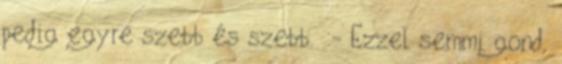
pedig egyre szebb és szebb. :- Ezzel semmi gond,